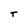
Character: T